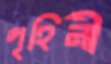
গৃহিনী